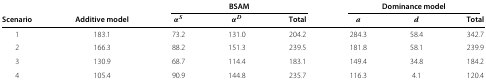
|  |  | <COLSPAN=3> BSAM | <COLSPAN=3> Dominance model |
 | Scenario | Additive model | αS | αD | Total | a | d | Total |
 | --- | --- | --- | --- | --- | --- | --- | --- |
 | 1 | 183.1 | 73.2 | 131.0 | 204.2 | 284.3 | 58.4 | 342.7 |
 | 2 | 166.3 | 88.2 | 151.3 | 239.5 | 181.8 | 58.1 | 239.9 |
 | 3 | 130.9 | 68.7 | 114.4 | 183.1 | 149.4 | 34.8 | 184.2 |
 | 4 | 105.4 | 90.9 | 144.8 | 235.7 | 116.3 | 4.1 | 120.4 |